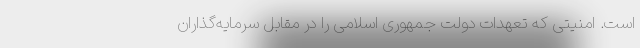
است. امنیتی که تعهدات دولت جمهوری اسلامی را در مقابل سرمایه‌گذاران